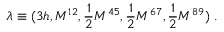
\lambda \equiv ( 3 h , M ^ { 1 2 } , { \frac { 1 } { 2 } } M ^ { 4 5 } , { \frac { 1 } { 2 } } M ^ { 6 7 } , { \frac { 1 } { 2 } } M ^ { 8 9 } ) \; .